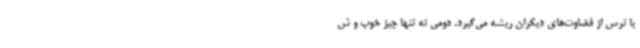
یا ترس از قضاوت‌های دیگران ریشه می‌گیرد. دومی نه تنها چیز خوب و ش